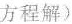
方程解)